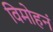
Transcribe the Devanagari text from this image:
विमोहनं